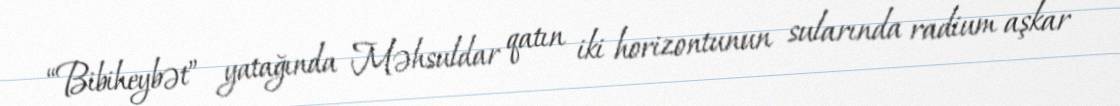
“Bibiheybət” yatağında Məhsuldar qatın iki horizontunun sularında radium aşkar